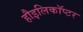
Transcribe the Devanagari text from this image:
हौइलिकॉप्टर